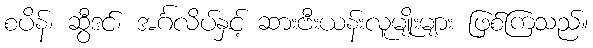
စပိန်၊ ဆွီဒင်၊ အင်္ဂလိပ်နှင့် ဆားဗီးယန်းလူမျိုးများ ဖြစ်ကြသည်။